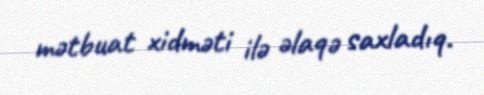
mətbuat xidməti ilə əlaqə saxladıq.